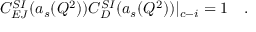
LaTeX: C _ { E J } ^ { S I } ( a _ { s } ( Q ^ { 2 } ) ) C _ { D } ^ { S I } ( a _ { s } ( Q ^ { 2 } ) ) | _ { c - i } = 1 ~ ~ ~ .